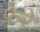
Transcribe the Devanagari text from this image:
फ्रेरे